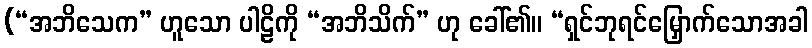
(“အဘိသေက” ဟူသော ပါဠိကို “အဘိသိက်” ဟု ခေါ်၏။ “ရှင်ဘုရင်မြှောက်သောအခါ